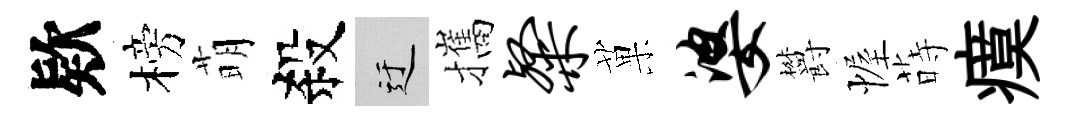
欵榜萌殺迂攜粲菓婆欝幄蒔瘼